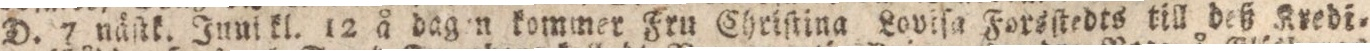
D. 7 näſtk. Juni kl. 12 å dagen kommer Fru Christina Loviſa Forsſtedts till deß Kredi=